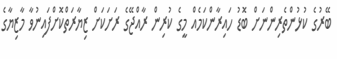
ބޭރުގެ ކުޅުންތެރިންނަށް ބޮޑު ހައިރާންކަމެއް މީގެ ކުރިން ރާއްޖޭގެ ރަށަކަށް ޒިޔާރަތްކޮށްފައިނުވާ މާޒިޔާގެ